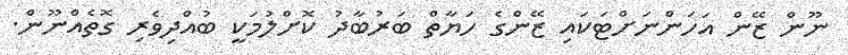
ނޫން ޒޭން އަހަންނަށްޓަކައި ޒޭންގެ ހަޔާތް ބަރުބާދު ކޮށްލުމަކީ ބުއްދިވެރި ގޮތެއްނޫން.